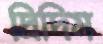
দ্রিদিম